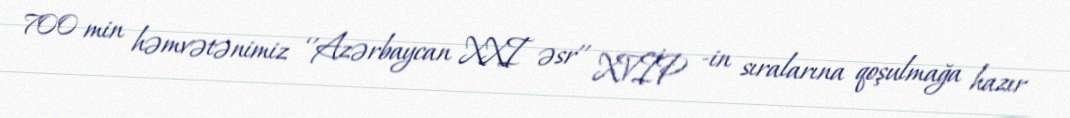
700 min həmvətənimiz ‘’Azərbaycan XXI əsr’’ XVİP -in sıralarına qoşulmağa hazır